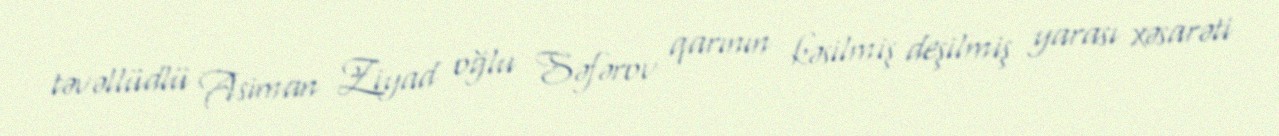
təvəllüdlü Asiman Ziyad oğlu Səfərov qarının kəsilmiş deşilmiş yarası xəsarəti